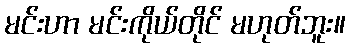
မင်းဟာ မင်းကိုယ်တိုင် မဟုတ်ဘူး။